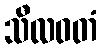
သီလဝတံ